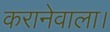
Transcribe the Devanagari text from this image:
करानेवाला।